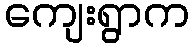
ကျေးရွာက